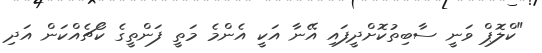
"ކްލޮޕް ވަނީ ސާބިތުކޮށްދީފައި އޭނާ އަކީ އެންމެ މަތީ ފަންތީގެ ކޯޗެއްކަން އަދި